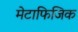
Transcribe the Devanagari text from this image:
मेटाफिजिक